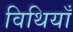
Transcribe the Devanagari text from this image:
विथियाँ